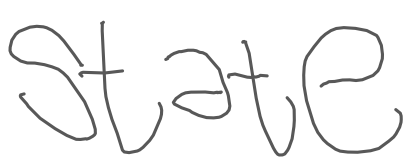
Text: state
Cross-out: clean
Writing tool: digital_gray